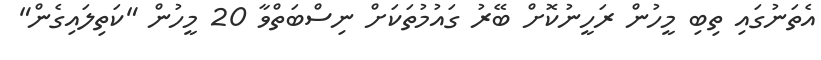
އެތަނުގައި ތިބި މީހުން ރަހީނުކޮށް ބޭރު ގައުމުތަކަށް ނިސްބަތްވާ 20 މީހުން "ކަތިލައިގެން"